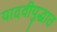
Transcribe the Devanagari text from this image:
यादवीयुद्धात